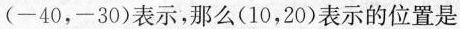
(-40，-30)表示，那么(10，20)表示的位置是